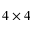
4 \times 4